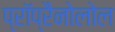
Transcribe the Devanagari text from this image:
प्रॉप्रैनोलोल